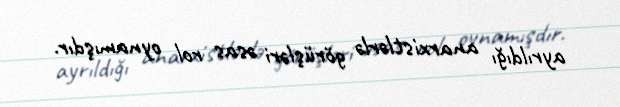
ayrıldığı anarxistlərlə görüşləri əsas rol oynamışdır.